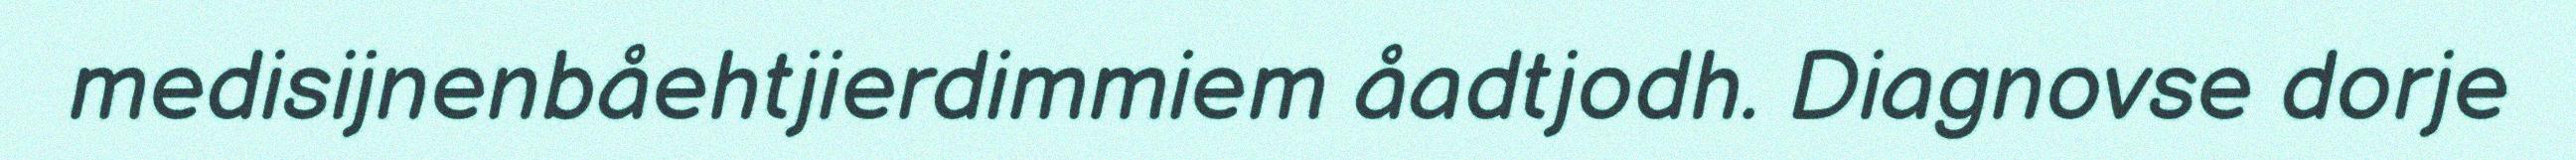
medisijnenbåehtjierdimmiem åadtjodh. Diagnovse dorje